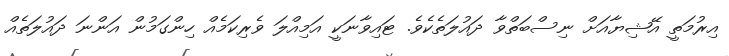
އިރުމަތީ އޭޝިޔާއަށް ނިސްބަތްވާ ދައުލަތެކެވެ. ޓައިވާނަކީ އަމިއްލަ ވެރިކަމެއް ހިންގަމުން އަންނަ ދައުލަތެއް